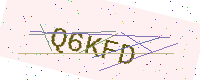
Text: Q6KFD